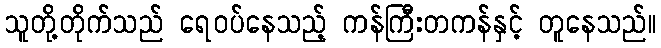
သူတို့တိုက်သည် ရေဝပ်နေသည့် ကန်ကြီးတကန်နှင့် တူနေသည်။